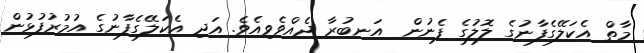
މާތް އެކަލޭގެފާނުގެ ލޮލުގެ ފެނުން  އަނބުރާ ދެއްވެވިއެވެ. އަދި އެކަލޭގެފާނުގެ އުމުރުފުޅުން